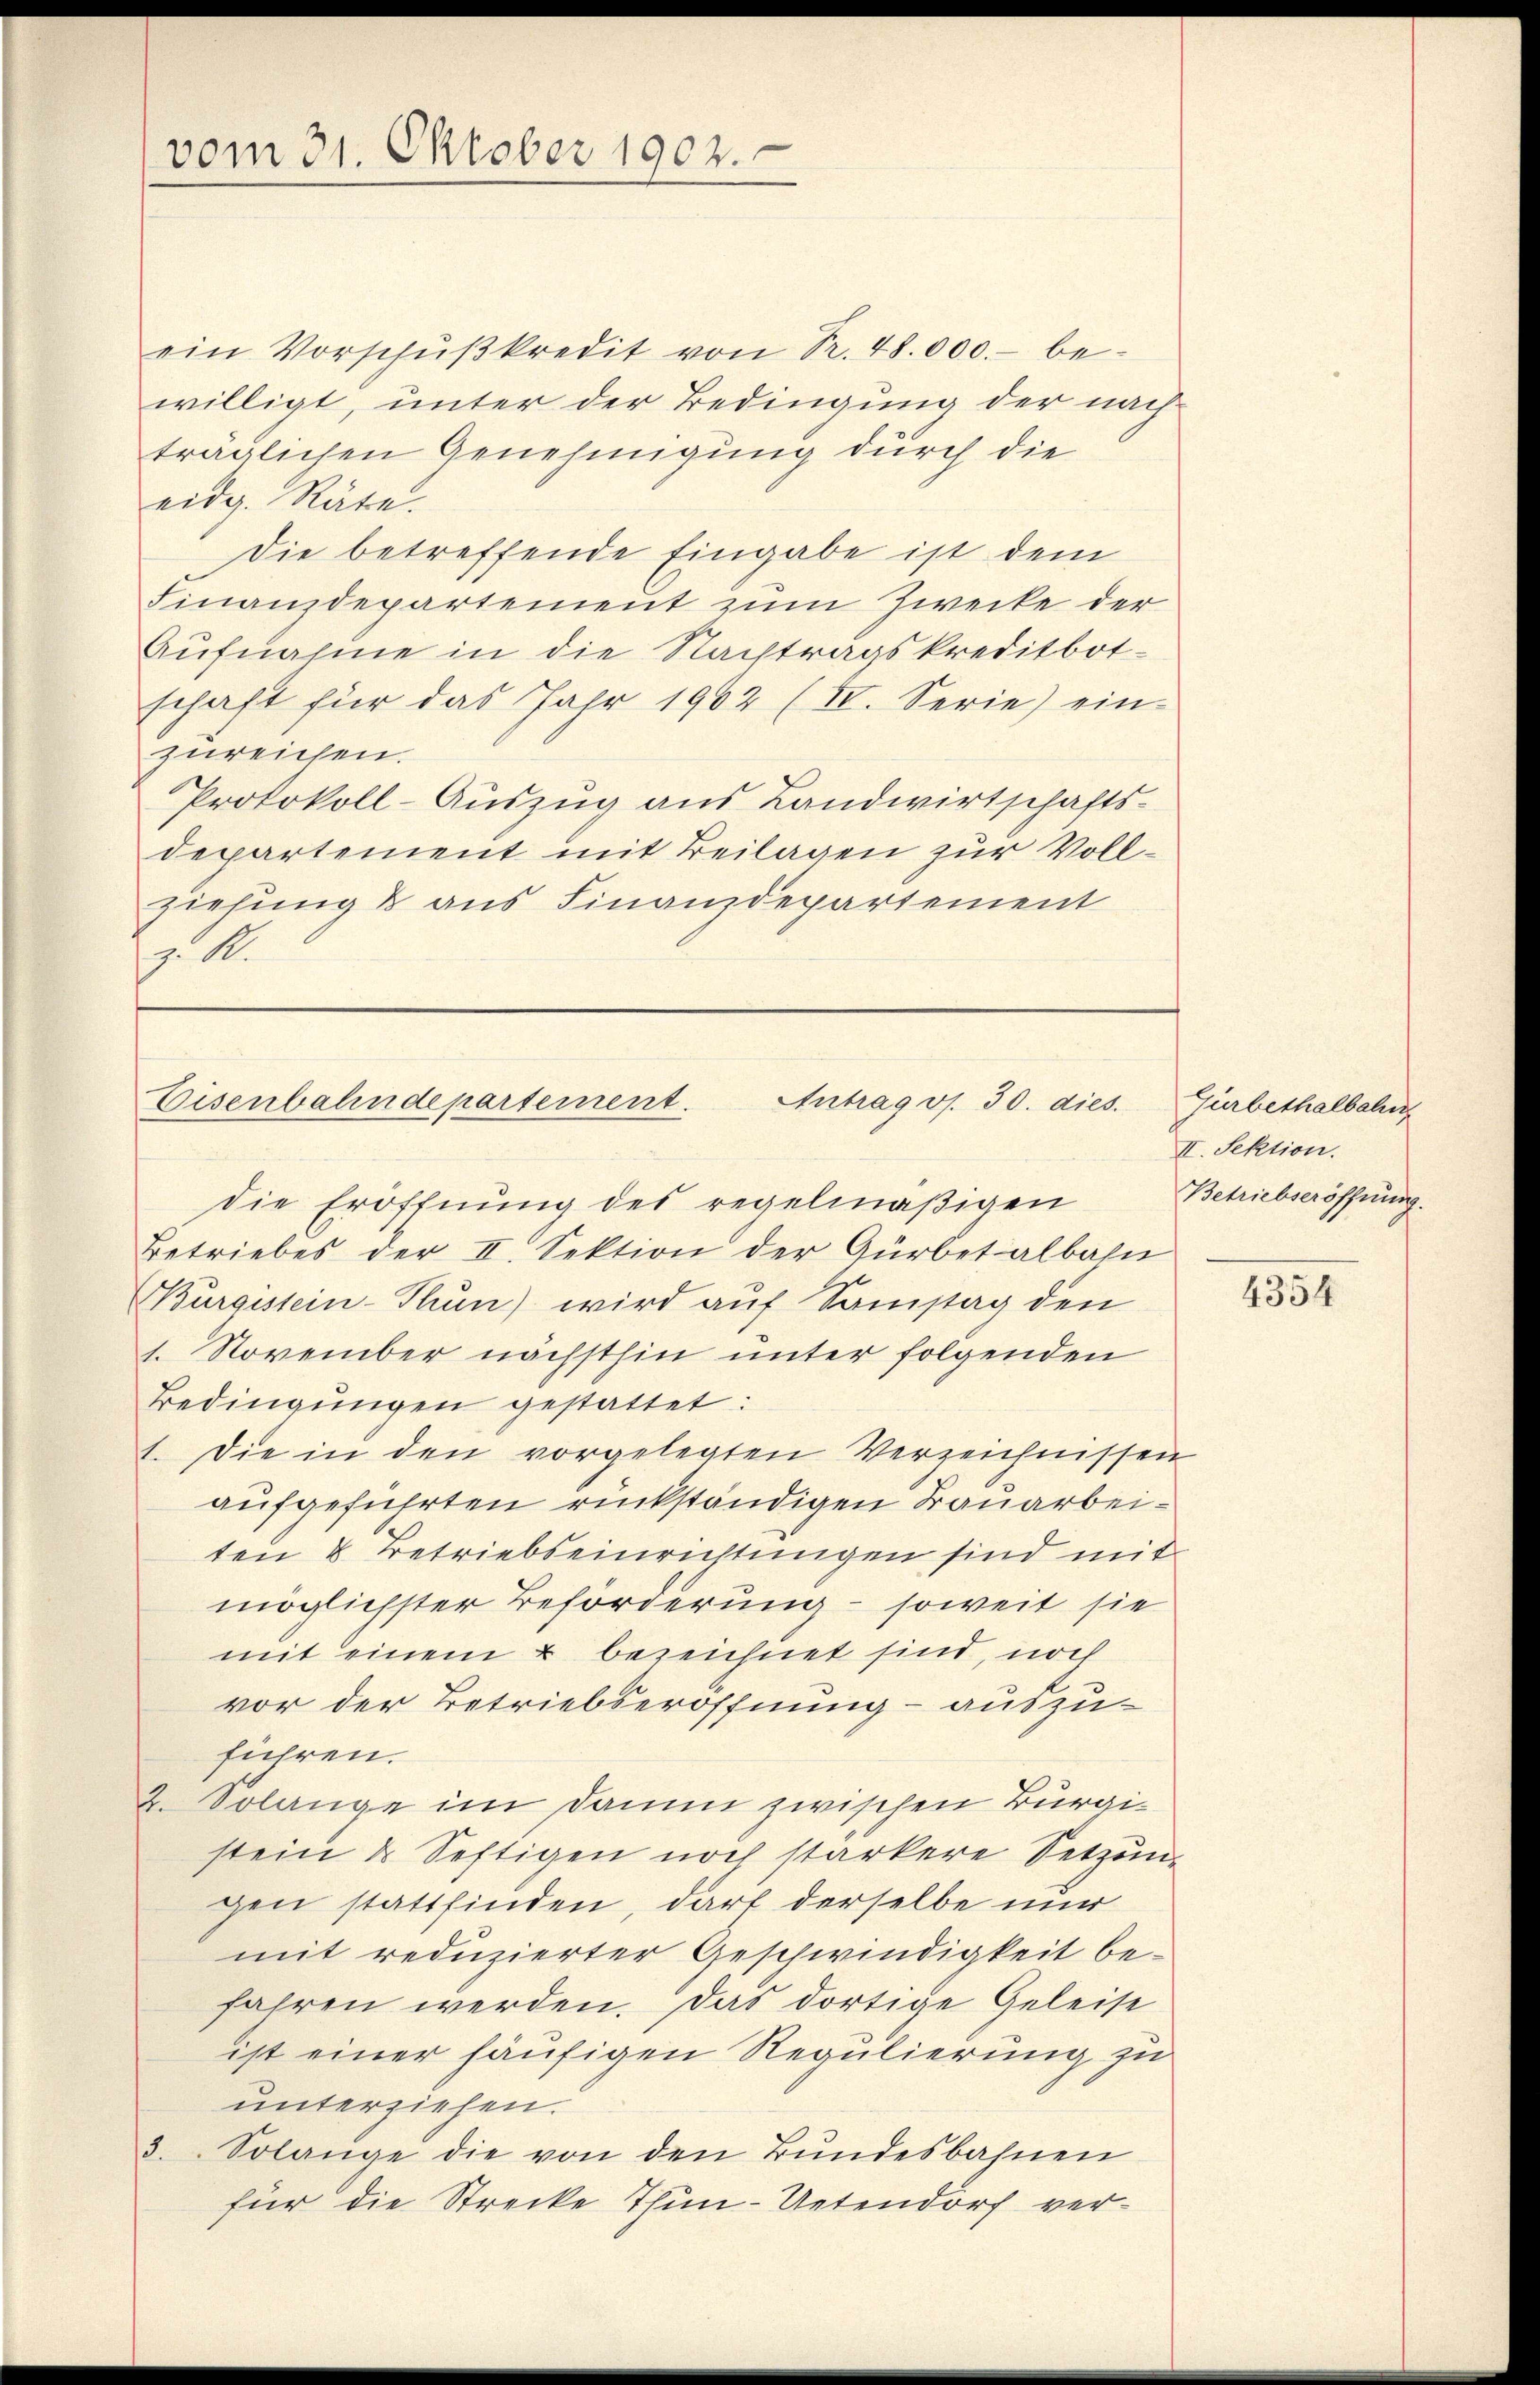
vom 31. Oktober 1902.

ein Vorschŭβkredit von Pr. 48.000.- be-
willigt, unter der Bedingung der nach
träglichen Genehmigung durch die
eidg. Räte.
Die betreffende Eingabe ist dem
Finanzdepartement zum Zwecke der
Aufnahme in die Nachtragskreditbot-
schaft für das Jahr 1962 (II. Serie) ein-
zureichen.
Protokoll-Auszug aus Landwirtschafts-
departement mit Beilagen zur Vollziehung & aus Finanzdepartement
E A.

Eisenbahndepartement.
Antrag os. 30. dies

die Eröffnung des regelmäßigen
Betriebes der II. Sektion der Gürbetalbahn
Burgestein-Thun) wird auf Samstag den
1. November nächsthin unter folgenden
Bedingungen gestattet:
1. Die in den vorgelegten Verzeichnissen
aufgeführten rückständigen Bauarbeiten 8 Betriebseinrichtungen sind mit
möglichster Beförderung – soweit sie
mit einem u bezeichnet sind, noch
vor der Betriebseröffnung – auszuführen.
2. Solange im Damm zwischen Bürgistein & Seftigen noch starkere Setzun-
gen stattfinden, darf derselbe nur
mit reduzierter Geschwindigkeit befahren werden. Das dortige Geleise
ist einer häufigen Regulierung zu
unterziehen.
3. Solange die von den Bŭndesbahnen
für die Strecke Thun-Uetendorf ver¬

Gürbethalbahn
II. Sektion.
Betriebseröffnung.

4354